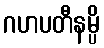
ဂဟပတီနမ္ပိ